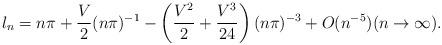
LaTeX: \begin{align*} l_n = n\pi + \frac{V}{2}(n\pi)^{-1}-\left(\frac{V^2}{2}+\frac{V^3}{24}\right)(n\pi)^{-3}+ O (n^{-5})(n\to \infty).\end{align*}